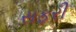
સફરી